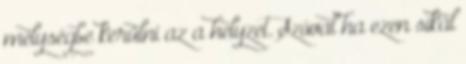
mélységbe kerülni az a helyzet. Szóval ha ezen síkál